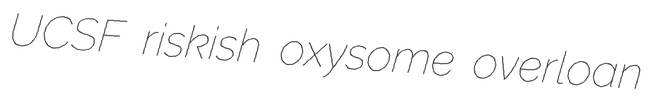
UCSF riskish oxysome overloan